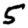
Digit: 5